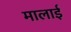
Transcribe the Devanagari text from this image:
मालाई